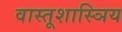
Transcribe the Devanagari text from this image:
वास्तूशास्ञिय